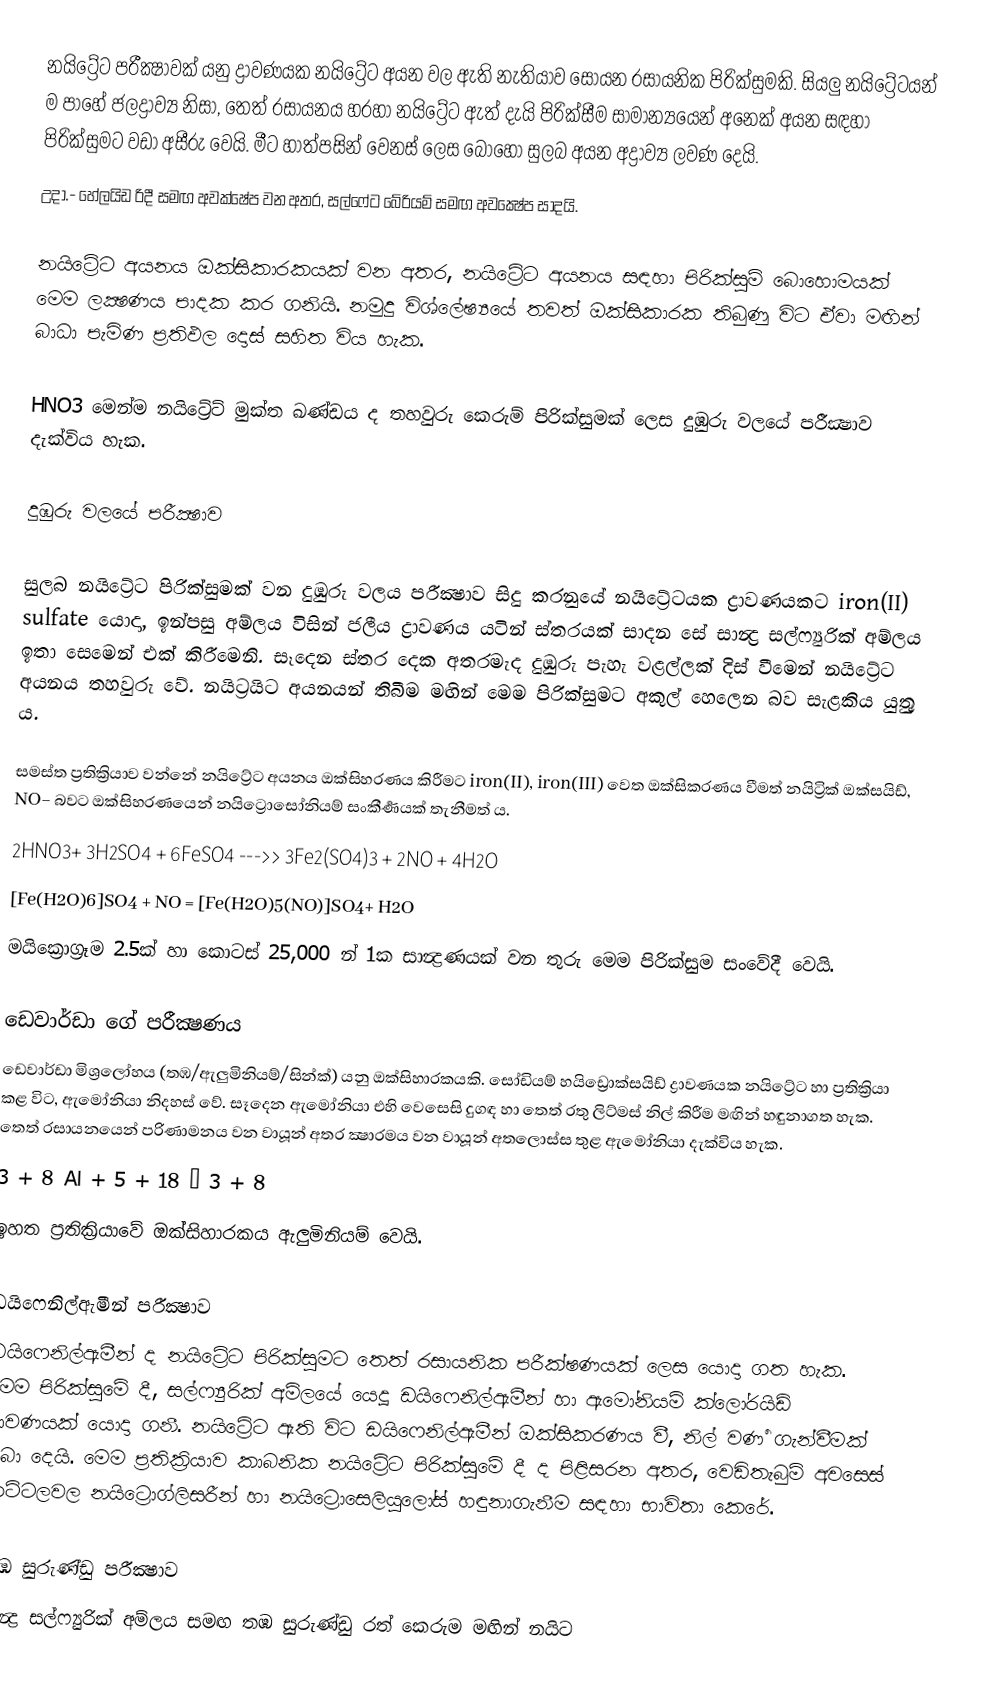
නයිට්‍රේට පරීක්‍ෂාවක් යනු ද්‍රාවණයක නයිට්‍රේට අයන වල ඇති නැතියාව සොයන රසායනික පිරික්සුමකි. සියලු නයිට්‍රේටයන් ම පාහේ ජලද්‍රාව්‍ය නිසා, තෙත් රසායනය හරහා නයිට්‍රේට ඇත් දැයි පිරික්සීම සාමාන්‍යයෙන් අනෙක් අයන සඳහා පිරික්සුමට වඩා අසීරු වෙයි. මීට හාත්පසින් වෙනස් ලෙස බොහෝ සුලබ අයන අද්‍රාව්‍ය ලවණ දෙයි. 
උදා.- හේලයිඩ රිදී සමඟ අවක්ෂේප වන අතර, සල්ෆේට බේරියම් සමඟ අවක්‍ෂේප සාදයි.

නයිට්‍රේට අයනය ඔක්සිකාරකයක් වන අතර, නයිට්‍රේට අයනය සඳහා පිරික්සුම් බොහොමයක් මෙම ලක්‍ෂණය පාදක කර ගනියි. නමුදු විශ්ලේෂ්‍යයේ තවත් ඔක්සිකාරක තිබුණු විට ඒවා මඟින් බාධා පැමිණ ප්‍රතිඵල දොස් සහිත විය හැක.

HNO3 මෙන්ම නයිට්‍රේට් මුක්ත ඛණ්ඩය ද තහවුරු කෙරුම් පිරික්සුමක් ලෙස දුඹුරු වලයේ පරීක්‍ෂාව දැක්විය හැක.

දුඹුරු වලයේ පරීක්‍ෂාව

සුලබ නයිට්‍රේට පිරික්සුමක් වන දුඹුරු වලය පරීක්‍ෂාව සිදු කරනුයේ නයිට්‍රේටයක ද්‍රාවණයකට iron(II) sulfate යොදා, ඉන්පසු අම්ලය විසින් ජලීය ද්‍රාවණය යටින් ස්තරයක් සාදන සේ සාන්‍ද්‍ර සල්ෆ්‍යුරික් අම්ලය ඉතා සෙමෙන් එක් කිරීමෙනි. සෑදෙන ස්තර දෙක අතරමැද දුඹුරු පැහැ වළල්ලක් දිස් වීමෙන් නයිට්‍රේට අයනය තහවුරු වේ. නයිට්‍රයිට අයනයන් තිබීම මඟින් මෙම පිරික්සුමට අකුල් හෙලෙන බව සැළකිය යුුතු ය.

සමස්ත ප්‍රතික්‍රියාව වන්නේ නයිට්‍රේට අයනය ඔක්සිහරණය කිරීමට iron(II), iron(III) වෙත ඔක්සිකරණය වීමත් නයිට්‍රික් ඔක්සයිඩ්, NO− බවට ඔක්සිහරණයෙන් නයිට්‍රොසෝනියම් සංකීර්‍ණයක් තැනීමත් ය.
 2HNO3+ 3H2SO4 + 6FeSO4  --->> 3Fe2(SO4)3 + 2NO + 4H2O
 [Fe(H2O)6]SO4 + NO = [Fe(H2O)5(NO)]SO4+ H2O
මයික්‍රොග්‍රෑම 2.5ක් හා කොටස් 25,000 න් 1ක සාන්‍ද්‍රණයක් වන තුරු මෙම පිරික්සුම සංවේදී වෙයි.

ඩෙවාර්ඩා ගේ පරීක්‍ෂණය
ඩෙවාර්ඩා මිශ්‍රලෝහය (තඹ/ඇලුමිනියම්/සින්ක්) යනු ඔක්සිහාරකයකි. සෝඩියම් හයිඩ්‍රොක්සයිඩ් ද්‍රාවණයක නයිට්‍රේට හා ප්‍රතික්‍රියා කළ විට, ඇමෝනියා නිදහස් වේ. සෑදෙන ඇමෝනියා එහි වෙසෙසි දුගඳ හා තෙත් රතු ලිට්මස් නිල් කිරීම මඟින් හඳුනාගත හැක. තෙත් රසායනයෙන් පරිණාමනය වන වායූන් අතර ක්‍ෂාරමය වන වායූන් අතලොස්ස තුළ ඇමෝනියා දැක්විය හැක.
 3  + 8 Al + 5  + 18  → 3  + 8
ඉහත ප්‍රතික්‍රියාවේ ඔක්සිහාරකය ඇලුමිනියම් වෙයි.

ඩයිෆෙනිල්ඇමීන් පරීක්‍ෂාව
ඩයිෆෙනිල්ඇමීන් ද නයිට්‍රේට පිරික්සුමට තෙත් රසායනික පරීක්ෂණයක් ලෙස යොදා ගත හැක. මෙම පිරික්සුමේ දී, සල්ෆ්‍යුරික් අම්ලයේ යෙදූ ඩයිෆෙනිල්ඇමීන් හා ඇමෝනියම් ක්ලෝරයිඩ් ද්‍රාවණයක් යොදා ගනී. නයිට්‍රේට ඇති විට ඩයිෆෙනිල්ඇමීන් ඔක්සිකරණය වී, නිල් වර්‍ණ ගැන්වීමක් ලබා දෙයි. මෙම ප්‍රතික්‍රියාව කාබනික නයිට්‍රේට පිරික්සුමේ දී ද පිළිසරන අතර, වෙඩිතැබුම් අවසෙස් කට්ටලවල නයිට්‍රොග්ලිසරීන් හා නයිට්‍රොසෙලියුලෝස් හඳුනාගැනීම සඳහා භාවිතා කෙරේ.

තඹ සුරුණ්ඩු පරීක්‍ෂාව
සාන්‍ද්‍ර සල්ෆ්‍යුරික් අම්ලය සමඟ තඹ සුරුණ්ඩු රත් කෙරුම මඟින් නයිට